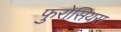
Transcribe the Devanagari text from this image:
फुरोसियस